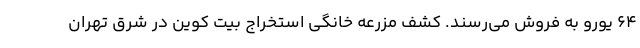
64 یورو به فروش می‌رسند. کشف مزرعه خانگی استخراج بیت کوین در شرق تهران